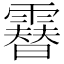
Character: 𩅮